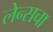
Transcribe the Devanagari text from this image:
लेन्सचा